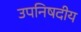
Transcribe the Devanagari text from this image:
उपनिषदीय